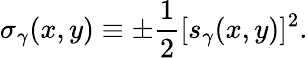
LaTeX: \sigma_{\gamma}(x,y)\equiv\pm{\frac{1}{2}}[s_{\gamma}(x,y)]^{2}.